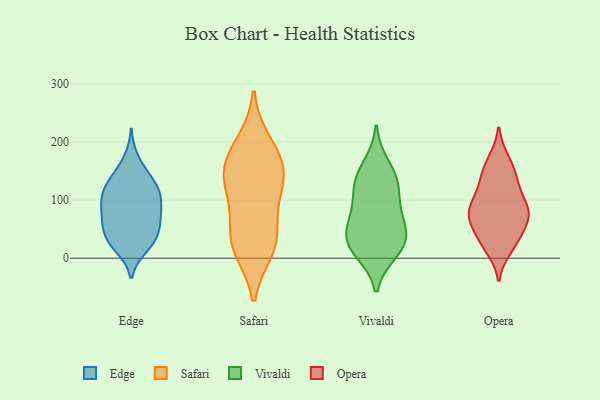
{"axis": {"x": "Energy Usage (MWh)", "y": "Value"}, "legend": ["Edge", "Opera", "Safari", "Vivaldi"], "data": [{"x": "", "y": 86, "type": "Edge"}, {"x": "", "y": 65, "type": "Edge"}, {"x": "", "y": 24, "type": "Edge"}, {"x": "", "y": 34, "type": "Edge"}, {"x": "", "y": 97, "type": "Edge"}, {"x": "", "y": 18, "type": "Edge"}, {"x": "", "y": 52, "type": "Edge"}, {"x": "", "y": 117, "type": "Edge"}, {"x": "", "y": 126, "type": "Edge"}, {"x": "", "y": 142, "type": "Edge"}, {"x": "", "y": 89, "type": "Edge"}, {"x": "", "y": 25, "type": "Edge"}, {"x": "", "y": 57, "type": "Edge"}, {"x": "", "y": 41, "type": "Edge"}, {"x": "", "y": 117, "type": "Edge"}, {"x": "", "y": 139, "type": "Edge"}, {"x": "", "y": 69, "type": "Edge"}, {"x": "", "y": 171, "type": "Edge"}, {"x": "", "y": 114, "type": "Edge"}, {"x": "", "y": 91, "type": "Edge"}, {"x": "", "y": 18, "type": "Safari"}, {"x": "", "y": 128, "type": "Safari"}, {"x": "", "y": 179, "type": "Safari"}, {"x": "", "y": 143, "type": "Safari"}, {"x": "", "y": 15, "type": "Safari"}, {"x": "", "y": 161, "type": "Safari"}, {"x": "", "y": 53, "type": "Safari"}, {"x": "", "y": 137, "type": "Safari"}, {"x": "", "y": 30, "type": "Safari"}, {"x": "", "y": 93, "type": "Safari"}, {"x": "", "y": 199, "type": "Safari"}, {"x": "", "y": 30, "type": "Vivaldi"}, {"x": "", "y": 123, "type": "Vivaldi"}, {"x": "", "y": 133, "type": "Vivaldi"}, {"x": "", "y": 45, "type": "Vivaldi"}, {"x": "", "y": 130, "type": "Vivaldi"}, {"x": "", "y": 10, "type": "Vivaldi"}, {"x": "", "y": 88, "type": "Vivaldi"}, {"x": "", "y": 15, "type": "Vivaldi"}, {"x": "", "y": 161, "type": "Vivaldi"}, {"x": "", "y": 27, "type": "Vivaldi"}, {"x": "", "y": 55, "type": "Vivaldi"}, {"x": "", "y": 75, "type": "Vivaldi"}, {"x": "", "y": 98, "type": "Opera"}, {"x": "", "y": 79, "type": "Opera"}, {"x": "", "y": 79, "type": "Opera"}, {"x": "", "y": 137, "type": "Opera"}, {"x": "", "y": 71, "type": "Opera"}, {"x": "", "y": 16, "type": "Opera"}, {"x": "", "y": 109, "type": "Opera"}, {"x": "", "y": 20, "type": "Opera"}, {"x": "", "y": 65, "type": "Opera"}, {"x": "", "y": 74, "type": "Opera"}, {"x": "", "y": 42, "type": "Opera"}, {"x": "", "y": 137, "type": "Opera"}, {"x": "", "y": 170, "type": "Opera"}, {"x": "", "y": 144, "type": "Opera"}, {"x": "", "y": 41, "type": "Opera"}, {"x": "", "y": 113, "type": "Opera"}, {"x": "", "y": 167, "type": "Opera"}, {"x": "", "y": 76, "type": "Opera"}, {"x": "", "y": 27, "type": "Opera"}, {"x": "", "y": 78, "type": "Opera"}]}